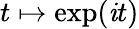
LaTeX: t\mapsto\exp(\mathit{i}t)